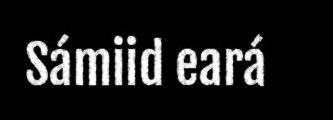
Sámiid eará